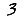
Digit: 3